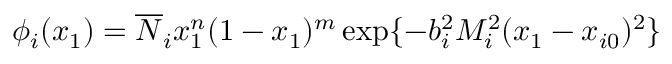
\phi _ { i } ( x _ { 1 } ) = \overline { { { N } } } _ { i } x _ { 1 } ^ { n } ( 1 - x _ { 1 } ) ^ { m } \exp \{ - b _ { i } ^ { 2 } M _ { i } ^ { 2 } ( x _ { 1 } - x _ { i 0 } ) ^ { 2 } \}